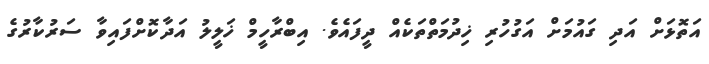
އަތޮޅަށް އަދި ގައުމަށް އަގުހުރި ޚިދުމަތްތަކެއް ދީފައެވެ. އިބްރާހީމް ޚަލީލު އަދާކޮށްފައިވާ ސަރުކާރުގެ